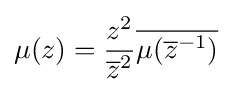
\displaystyle \mu (z)={z^{2} \over {\overline {z}}^{2}}{\overline {\mu ({\overline {z}}^{-1})}}